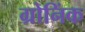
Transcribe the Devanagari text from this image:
ग्रोनिंक